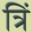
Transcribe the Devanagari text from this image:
त्रिं